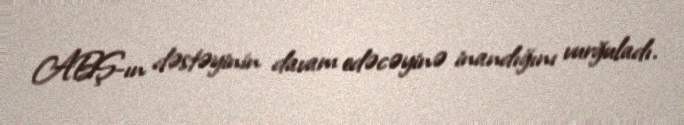
ABŞ-ın dəstəyinin davam edəcəyinə inandığını vurğuladı.